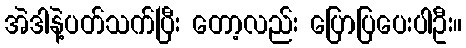
အဲဒါနဲ့ပတ်သက်ပြီး တော့လည်း ပြောပြပေးပါဦး။